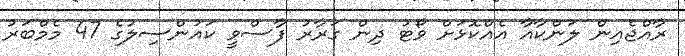
ރާއްޖެއިން ލަންކާއާ އެއްކޮޅަށް ވޯޓު ދިން ގަރާރު ފާސްވީ ކައުންސިލުގެ 47 މެމްބަރު